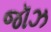
જૉઝ